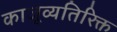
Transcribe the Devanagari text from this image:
काजूव्यतिरिक्त